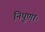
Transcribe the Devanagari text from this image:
निपुणाः